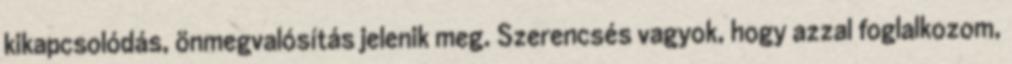
kikapcsolódás, önmegvalósítás jelenik meg. Szerencsés vagyok, hogy azzal foglalkozom,